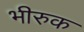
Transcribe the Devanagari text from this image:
भीरुक